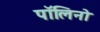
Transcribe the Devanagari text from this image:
पॉलिनो